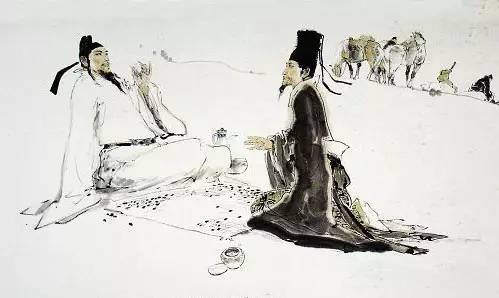
今施人薄而望人厚，则人唯恐其有赐于己也。